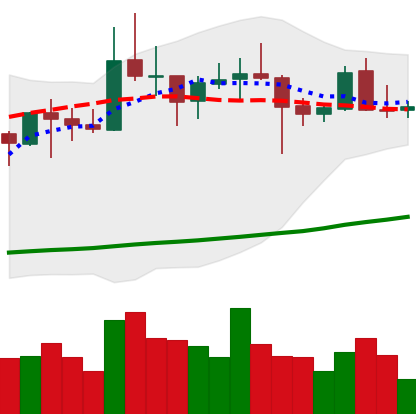
Ticker: XRP-USD
Chart end date: 2021-10-23
Forward return: -3.26%
Label: down_3_5